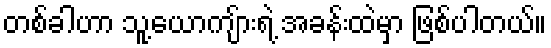
တစ်ခါဟာ သူ့ယောကျ်ားရဲ့ အခန်းထဲမှာ ဖြစ်ပါတယ်။